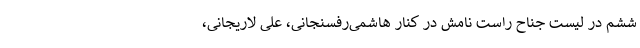
ششم در لیست جناح راست نامش در کنار هاشمی‌رفسنجانی، علی لاریجانی،